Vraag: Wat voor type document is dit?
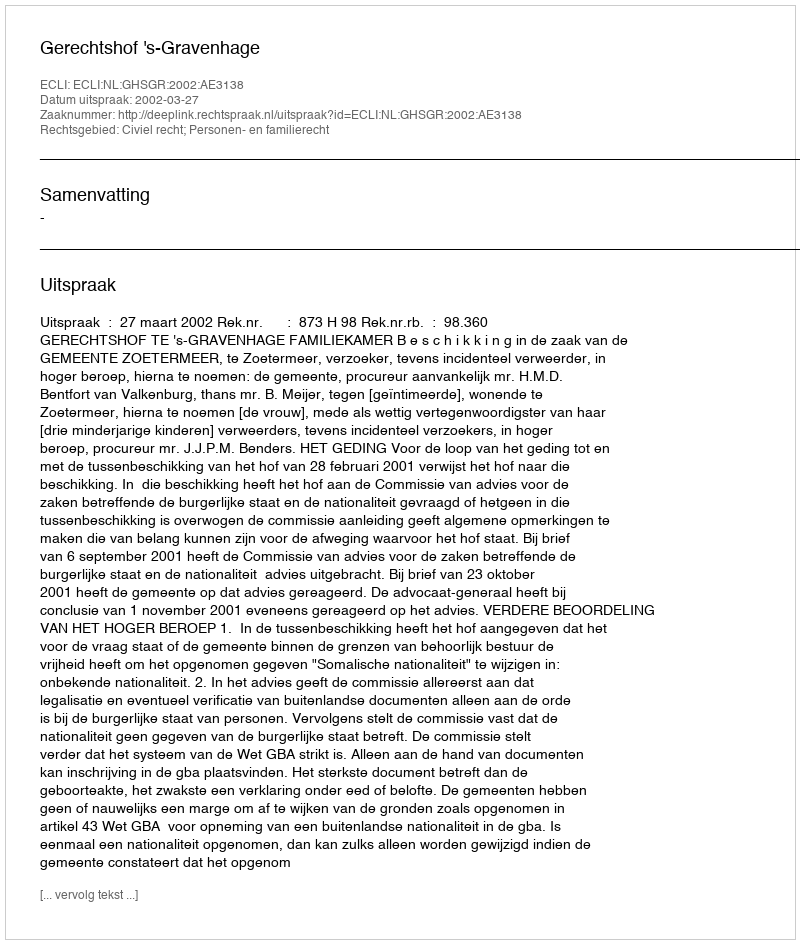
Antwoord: Uitspraak